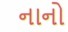
નાનો